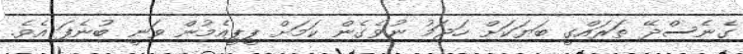
ގެނެސްދޭ ތަަރައްގީ ބަޔަކަށް ހަޖަމު ނުވެގެން ކަމަށް ޕީޕީއެމުން ވަނީ ބުނެފަ އެވެ.